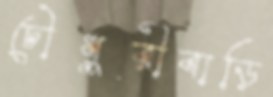
চৌধুরীবাড়ি